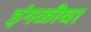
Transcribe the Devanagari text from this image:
इंगळीचा